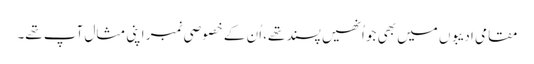
مقامی ادیبوں میں بھی جو اُنھیں پسند تھے، اُن کے خصوصی نمبر اپنی مثال آپ تھے۔